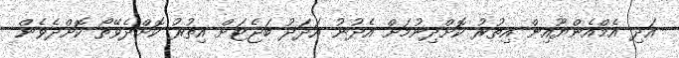
އަދި އެމްއެންޔޫއިން އިތުރު ކޮށްދިނުމަށް އެދުނު އަދަދު ބަޖެޓަށް އިތުރު ކޮށްދެވޭތޯ ކޮށްދެވެން